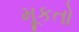
મૂકતો